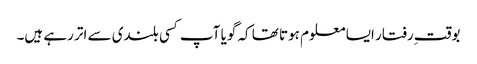
بوقت ِرفتار ایسا معلوم ہوتا تھا کہ گویا آپ کسی بلندی سے اتر رہے ہیں۔